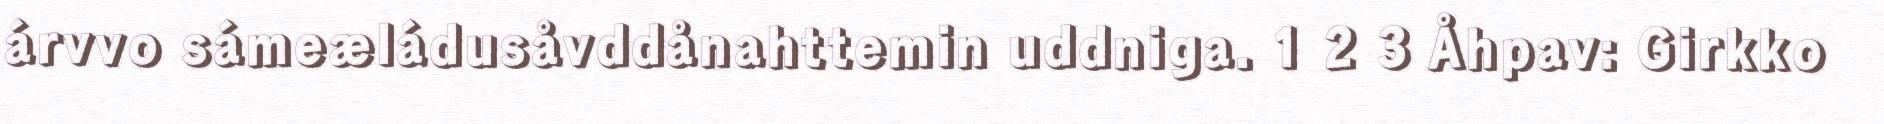
árvvo sámeæládusåvddånahttemin uddniga. 1 2 3 Åhpav: Girkko